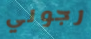
رجولي